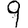
Digit: 9